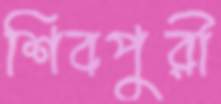
শিবপুরী